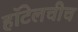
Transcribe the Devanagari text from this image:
हॉटेलचीच